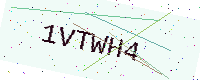
Text: 1VTWH4